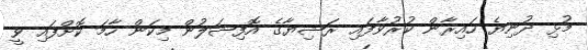
މުޅި ދުނިޔެ ހައިރާން ކުރުވާފައި ރަޝިޔާގެ އޮފިޝަލުން މިކަން ހާމަ ކޮށްފައި ވީ